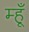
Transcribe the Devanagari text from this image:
म्हूँ